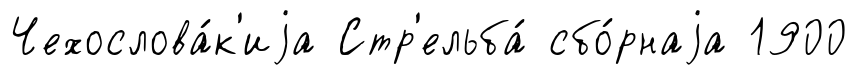
Чехослова́к'иjа Стр'ельба́ сбо́рнаjа 1900